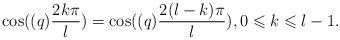
LaTeX: \begin{align*} \cos ((q)\frac{{2k\pi }}{l}) = \cos ((q)\frac{{2(l - k)\pi }}{l}),0 \leqslant k \leqslant l - 1.\end{align*}